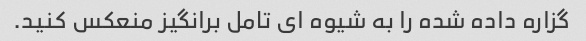
گزاره داده شده را به شیوه ای تامل برانگیز منعکس کنید.